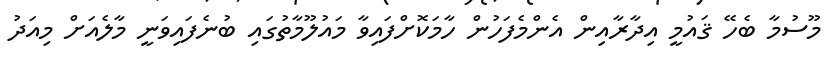
މޫސުމާ ބެހޭ ޤައުމީ އިދާރާއިން އެންމެފަހުން ހާމަކޮށްފައިވާ މައުލޫމާތުގައި ބުނެފައިވަނީ މާލެއަށް މިއަދު